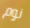
نوم